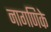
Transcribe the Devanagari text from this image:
नागणिके